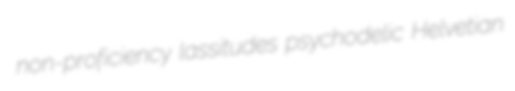
non-proficiency lassitudes psychodelic Helvetian